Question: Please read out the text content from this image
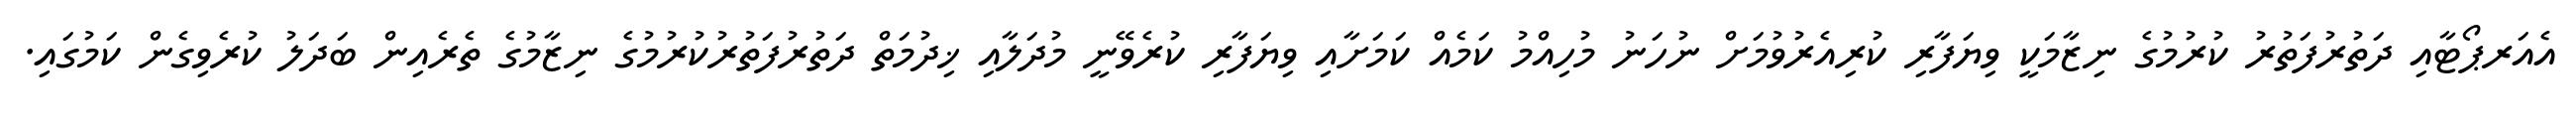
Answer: އެއަރޕޯޓާއި ދަތުރުފަތުރު ކުރުމުގެ ނިޒާމަކީ ވިޔަފާރި ކުރިއެރުވުމަށް ނުހަނު މުހިއްމު ކަމެއް ކަމަށާއި ވިޔަފާރި ކުރެވޭނީ މުދަލާއި ޚިދުމަތް ދަތުރުފަތުރުކުރުމުގެ ނިޒާމުގެ ތެރެއިން ބަދަލު ކުރެވިގެން ކަމުގައި.